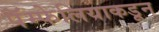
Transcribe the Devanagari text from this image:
पॅम्फेलियाकडून